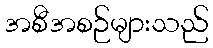
အစီအစဉ်များသည်